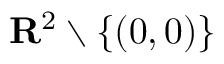
\mathbf { R } ^ { 2 } \setminus \{ ( 0 , 0 ) \}